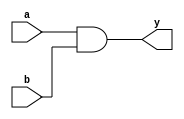
`timescale 1ns / 1ps
//////////////////////////////////////////////////////////////////////////////////
// Company: 
// Engineer: 
// 
// Design Name: 
// Module Name: AndGate
// Project Name: 
// Target Devices: 
// Tool Versions: 
// Description: 
// 
// Dependencies: 
// 
// Revision:
// Revision 0.01 - File Created
// Additional Comments:
// 
//////////////////////////////////////////////////////////////////////////////////


module AndGate(input a,b, output y);
    assign y = a&b;
endmodule